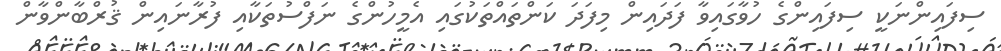
ސިފައިންނަކީ ސިފައިންގެ ހުވާގައިވާ ފަދައިން މިފަދަ ކަންތައްތަކުގައި އެމީހުންގެ ނަފްސުތަކާއި ފުރާނައިން ޤުރްބާންވާން